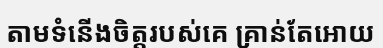
តាមទំនើងចិត្តរបស់គេ គ្រាន់តែអោយ